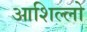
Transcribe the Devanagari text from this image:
आशिल्लो